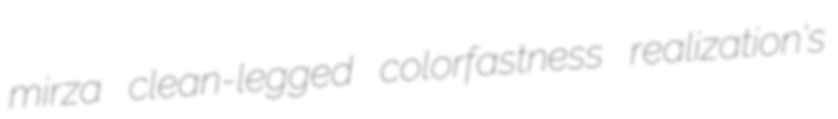
mirza clean-legged colorfastness realization's